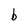
Character: b